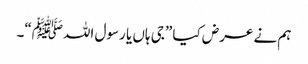
ہم نے عرض کیا ”جی ہاں یا رسول اللہﷺ“۔